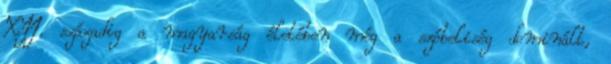
XII. századig a magyarság életében még a szóbeliség dominált,